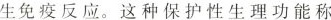
生免疫反应。这种保护性生理功能称